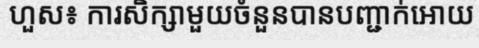
ហួស៖ ការសិក្សាមួយចំនួនបានបញ្ជាក់អោយ